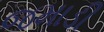
જમાડી